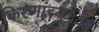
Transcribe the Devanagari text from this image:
किरणांच्य्६आ